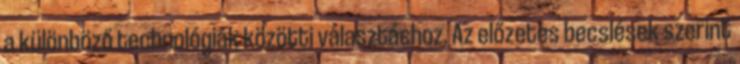
a különböző technológiák közötti választáshoz. Az előzetes becslések szerint